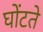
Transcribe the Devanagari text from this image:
घोंटते